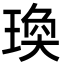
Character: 瑍